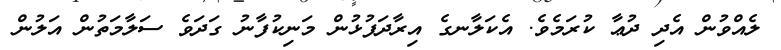
ލެއްވުން އެދި ދުޢާ ކުރަމެވެ. އެކަލާނގެ އިރާދަފުޅުން މަނިކުފާނު ގަދަވެ ސަލާމަތުން އަލުން